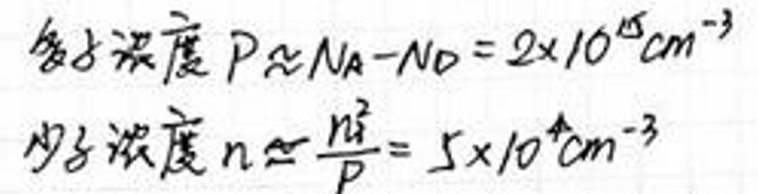
已知浓度 \(P_{Si}N_{A}-N_{D}=2\times10^{15}cm^{-3}\)

少子浓度 \(n=\frac{n_{i}^{2}}{P}=5\times10^{4}cm^{-3}\)